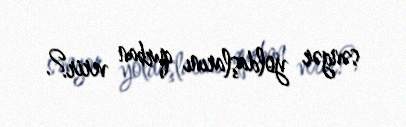
səngər yoldaşlarını qurban verir?.